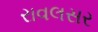
રાવલસર